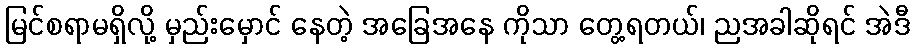
မြင်စရာမရှိလို့ မှည်းမှောင် နေတဲ့ အခြေအနေ ကိုသာ တွေ့ရတယ်၊ ညအခါဆိုရင် အဲဒီ